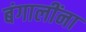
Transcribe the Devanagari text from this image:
बंगालींना